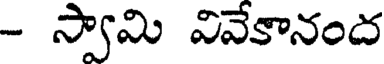
- స్వామి వివేకానంద